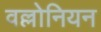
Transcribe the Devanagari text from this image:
वल्लोनियन